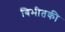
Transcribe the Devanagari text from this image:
बिभीतकी